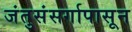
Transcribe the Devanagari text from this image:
जंतुसंसर्गापासून